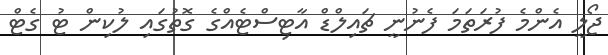
ޖޯލީ އެންމެ ފުރަތަމަ ފެނުނީ ޗައިލްޑް އާޓިސްޓެއްގެ ގޮތުގައި ލުކިން ޓު ގެޓް